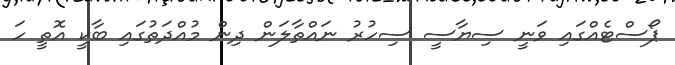
ޕޯސްޓެއްގައި ވަނީ ސިޔާސީ ސިހުރު ނައްތާލަން ދިން މުއްދަތުގައި ބާކީ އޮތީ ހަ